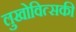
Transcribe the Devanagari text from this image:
लुखोवित्सकी